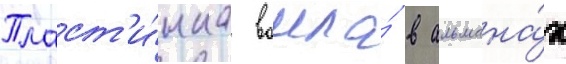
Пласт'и́нка вошла́ в альмана́х